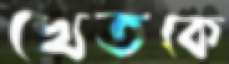
খেতকে